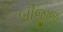
બીજીજ